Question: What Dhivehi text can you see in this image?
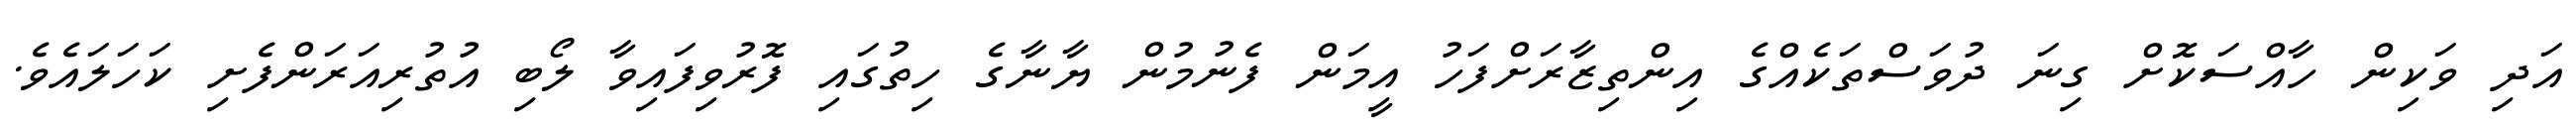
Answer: އަދި ވަކިން ހާއްސަކޮށް ގިނަ ދުވަސްތަކެއްގެ އިންތިޒާރަށްފަހު އީމަން ފެނުމުން ޔާނާގެ ހިތުގައި ފޮރުވިފައިވާ ލޯބި އުތުރިއަރަންފެށި ކަހަލައެވެ.